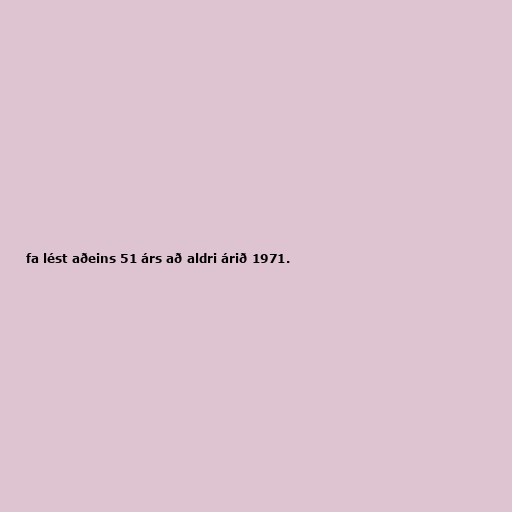
fa lést aðeins 51 árs að aldri árið 1971.